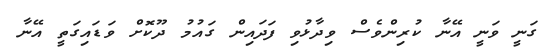
ގަނީ ވަނީ އޭނާ ކުރިންވެސް ވިދާޅުވި ފަދައިން ގައުމު ދޫކޮށް ވަޑައިގަތީ އޭނާ